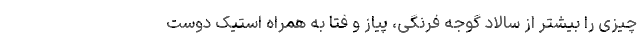
چیزی را بیشتر از سالاد گوجه فرنگی، پیاز و فتا به همراه استیک دوست